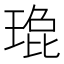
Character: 𬍹